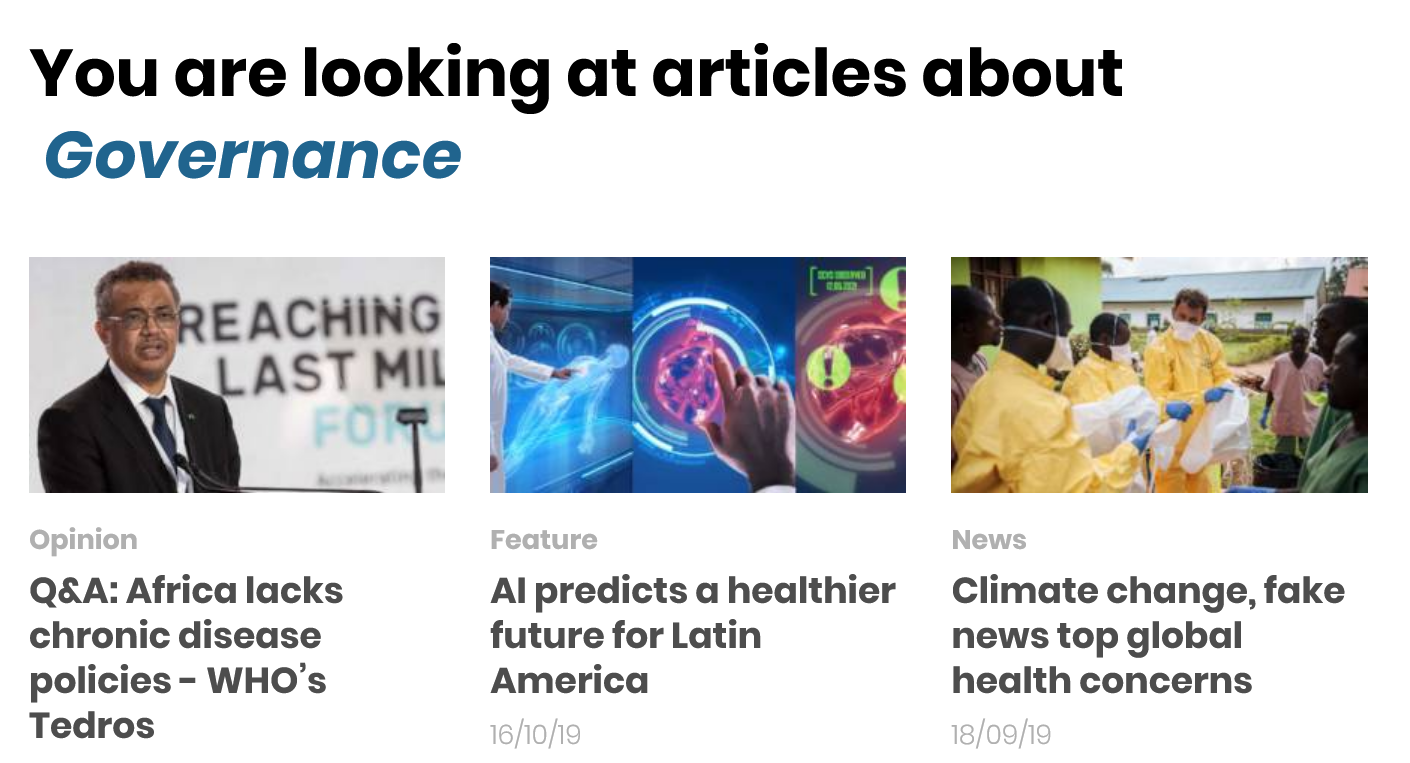
You are looking at articles about
  Governance
    PREACHING
  ¢  i    7
     Al predicts a healthier
     future for Latin
     America
     Climate change, fake
     news top global
     health concerns
     18/09/19 16/io/19
  Q&A: Africa lacks
  chronic disease
  policies
     - WHO’s
  Tedros
     Feature    News